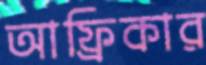
আফ্রিকার